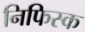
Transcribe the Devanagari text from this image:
निफिस्क